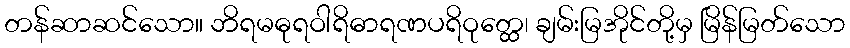
တန်ဆာဆင်သော။ ဘိရမဓုရဝါရိဓာရဏပရိဝုတ္ထေ၊ ချမ်းမြအိုင်တို့မှ မြိန်မြတ်သော